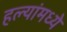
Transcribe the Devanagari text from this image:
हल्यांमध्ये